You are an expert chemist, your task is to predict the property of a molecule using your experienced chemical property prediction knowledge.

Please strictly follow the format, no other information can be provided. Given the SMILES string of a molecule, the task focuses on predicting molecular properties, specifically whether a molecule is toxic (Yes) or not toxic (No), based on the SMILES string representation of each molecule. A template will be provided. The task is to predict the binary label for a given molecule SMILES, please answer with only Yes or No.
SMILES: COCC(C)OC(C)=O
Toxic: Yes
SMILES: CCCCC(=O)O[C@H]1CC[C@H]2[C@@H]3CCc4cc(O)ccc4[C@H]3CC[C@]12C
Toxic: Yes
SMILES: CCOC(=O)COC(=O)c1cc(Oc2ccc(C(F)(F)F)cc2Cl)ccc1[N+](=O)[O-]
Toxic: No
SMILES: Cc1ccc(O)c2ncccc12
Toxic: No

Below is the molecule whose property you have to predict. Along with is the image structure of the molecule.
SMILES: C[N+](C)(C)CC(O)CCl
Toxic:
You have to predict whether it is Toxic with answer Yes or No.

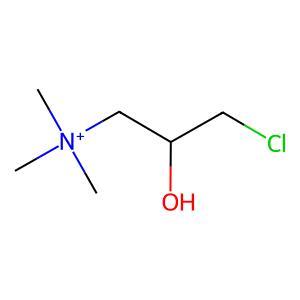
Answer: No